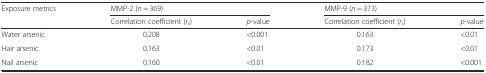
<table><thead><tr><td rowspan="2"><b>Exposure metrics</b></td><td colspan="2"><b>MMP-2 (<i>n</i> = 369)</b></td><td colspan="2"><b>MMP-9 (<i>n</i> = 373)</b></td></tr><tr><td><b>Correlation coefficient (<i>r</i><sub><i>s</i></sub>)</b></td><td><b><i>p</i>-value</b></td><td><b>Correlation coefficient (<i>r</i><sub><i>s</i></sub>)</b></td><td><b><i>p</i>-value</b></td></tr></thead><tbody><tr><td>Water arsenic</td><td>0.208</td><td>&lt;0.001</td><td>0.163</td><td>&lt;0.01</td></tr><tr><td>Hair arsenic</td><td>0.163</td><td>&lt;0.01</td><td>0.173</td><td>&lt;0.01</td></tr><tr><td>Nail arsenic</td><td>0.160</td><td>&lt;0.01</td><td>0.182</td><td>&lt;0.001</td></tr></tbody></table>